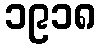
၁၉၁၈